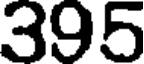
395